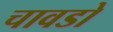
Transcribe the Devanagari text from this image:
चावडो